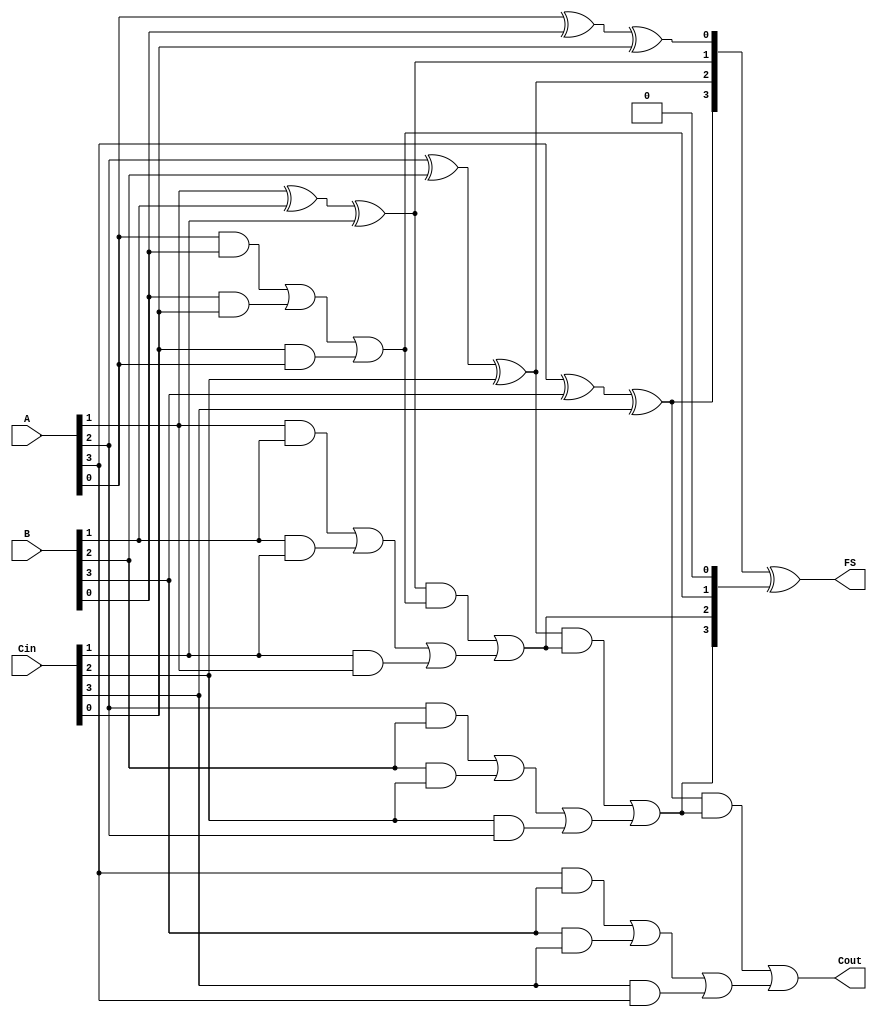
module CarrySaveAdder #(
    parameter WIDTH = 4 // Parameter for the bit-width of inputs
)(
    input  [WIDTH-1:0] A,      // First input
    input  [WIDTH-1:0] B,      // Second input
    input  [WIDTH-1:0] Cin,     // Carry input
    output [WIDTH-1:0] FS,      // Final Sum output
    output Cout                 // Final Carry output
);

    wire [WIDTH-1:0] S;         // Partial Sum
    wire [WIDTH-1:0] C;         // Carry output from CSA

    // Partial Sum and Carry Generation
    genvar i;
    generate
        for (i = 0; i < WIDTH; i = i + 1) begin : CSA
            assign S[i] = A[i] ^ B[i] ^ Cin[i]; // Sum
            assign C[i] = (A[i] & B[i]) | (B[i] & Cin[i]) | (Cin[i] & A[i]); // Carry
        end
    endgenerate

    // Carry Propagation Adder (CPA) using Ripple Carry Adder
    wire [WIDTH:0] carry; // Extra bit for carry out
    assign carry[0] = 0; // Initial carry is 0

    generate
        for (i = 0; i < WIDTH; i = i + 1) begin : CPA
            assign carry[i+1] = (S[i] & carry[i]) | C[i]; // Carry propagation
        end
    endgenerate

    // Final Sum Calculation
    assign FS = S ^ carry[WIDTH-1:0]; // Final Sum
    assign Cout = carry[WIDTH]; // Final Carry Out

endmodule